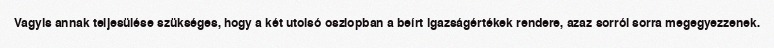
Vagyis annak teljesülése szükséges, hogy a két utolsó oszlopban a beírt igazságértékek rendere, azaz sorról sorra megegyezzenek.